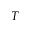
T